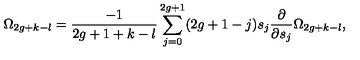
\Omega _ { 2 g + k - l } = { \frac { - 1 } { 2 g + 1 + k - l } } \sum _ { j = 0 } ^ { 2 g + 1 } ( 2 g + 1 - j ) s _ { j } { \frac { \partial } { \partial s _ { j } } } \Omega _ { 2 g + k - l } ,